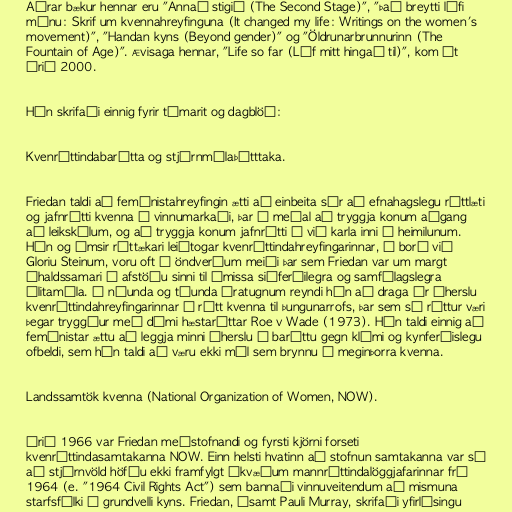
Aðrar bækur hennar eru "Annað stigið (The Second Stage)", "Það breytti lífi
mínu: Skrif um kvennahreyfinguna (It changed my life: Writings on the women's
movement)", "Handan kyns (Beyond gender)" og "Öldrunarbrunnurinn (The
Fountain of Age)". Ævisaga hennar, "Life so far (Líf mitt hingað til)", kom út
árið 2000.

Hún skrifaði einnig fyrir tímarit og dagblöð:

Kvenréttindabarátta og stjórnmálaþátttaka.

Friedan taldi að femínistahreyfingin ætti að einbeita sér að efnahagslegu réttlæti
og jafnrétti kvenna á vinnumarkaði, þar á meðal að tryggja konum aðgang
að leikskólum, og að tryggja konum jafnrétti á við karla inni á heimilunum.
Hún og ýmsir róttækari leiðtogar kvenréttindahreyfingarinnar, á borð við
Gloriu Steinum, voru oft á öndverðum meiði þar sem Friedan var um margt
íhaldssamari í afstöðu sinni til ýmissa siðferðilegra og samfélagslegra
álitamála. Á níunda og tíunda áratugnum reyndi hún að draga úr áherslu
kvenréttindahreyfingarinnar á rétt kvenna til þungunarrofs, þar sem sá réttur væri
þegar tryggður með dómi hæstaréttar Roe v Wade (1973). Hún taldi einnig að
femínistar ættu að leggja minni áherslu á baráttu gegn klámi og kynferðislegu
ofbeldi, sem hún taldi að væru ekki mál sem brynnu á meginþorra kvenna.

Landssamtök kvenna (National Organization of Women, NOW).

Árið 1966 var Friedan meðstofnandi og fyrsti kjörni forseti
kvenréttindasamtakanna NOW. Einn helsti hvatinn að stofnun samtakanna var sá
að stjórnvöld höfðu ekki framfylgt ákvæðum mannréttindalöggjafarinnar frá
1964 (e. "1964 Civil Rights Act") sem bannaði vinnuveitendum að mismuna
starfsfólki á grundvelli kyns. Friedan, ásamt Pauli Murray, skrifaði yfirlýsingu